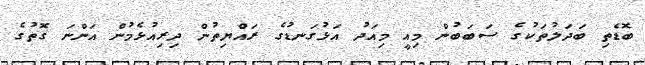
ބޮޑެތި ބަދަލުތަކުގެ ސަބަބުން މިއީ މިއަދު އަޅުގަނޑުގެ ރައްޔިތުން ދިރިއުޅެމުން އަންނަ ގޮތުގެ